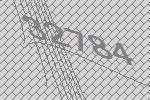
32784